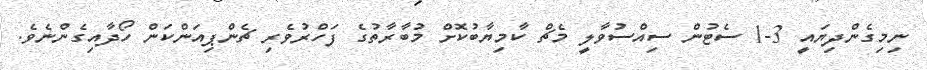
ނިމިގެންދިޔައީ 3-1 ސެޓުން ސިއްސުވާލީ މެޗް ކާމިޔާބުކޮށް މުބާރާތުގެ ފަހްރުވެރި ޗެންޕިއަންކަން ހޯދާއިގެންނެވެ.